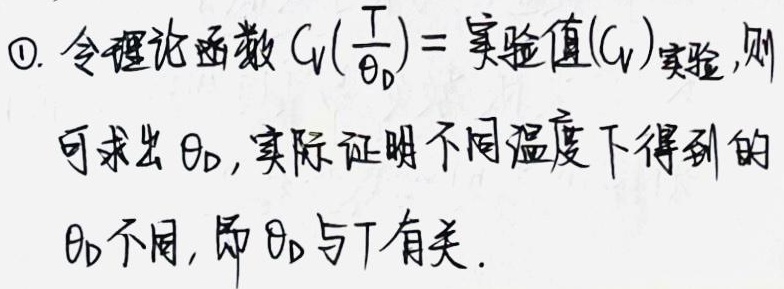
\textcircled{1}. 令理论函数 \(C_V(\frac{T}{\theta_D}) =\)实验值\((C_V)_{实验}\)，则可求出\(\theta_D\)。实际证明不同温度下得到的\(\theta_D\)不同，即\(\theta_D\)与\(T\)有关。